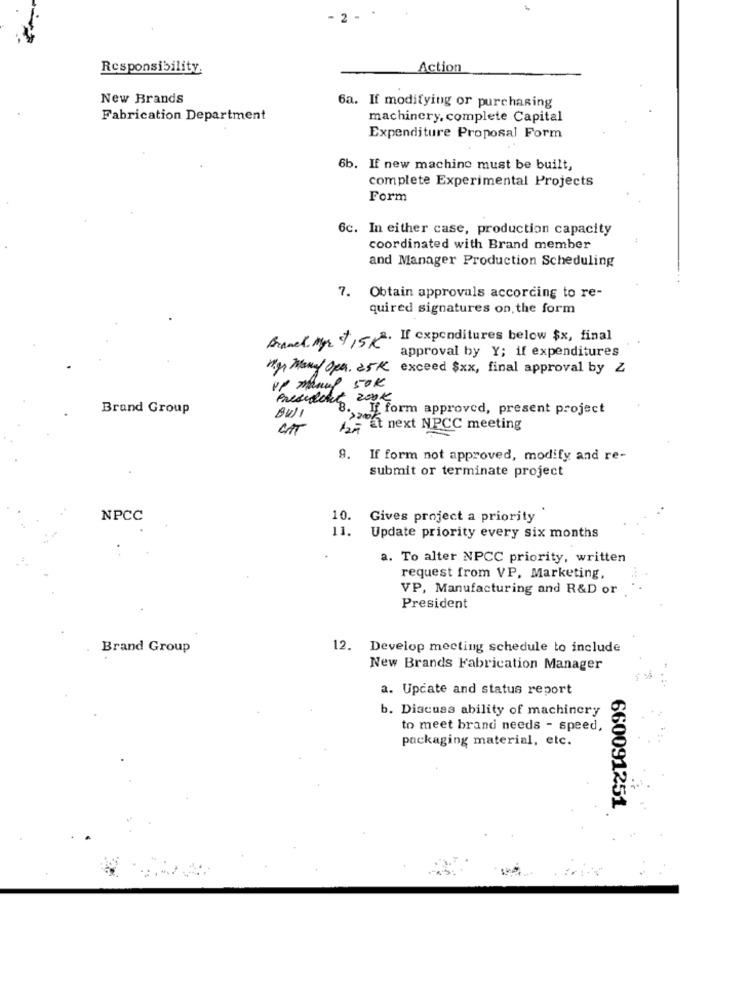
2 -
Responsibility.
Action
New Brands
6a. If modifying or purchasing
Fabrication Department
machinery, complete Capital
Expenditure Proposal Form
6b. If new machine must be built,
complete Experimental Projects
Form
6c. In either case, production capacity
coordinated with Brand member
and Manager Production Scheduling
7. Obtain approvals according to re-
quired signatures on the form
Branch. Myr st15 2. Il expenditures below $x, final
approval by Y; if expenditures
Mgr Manof Opa. 25K exceed $xx, final approval by Z
VP manuel 50K
President
det zonk
Brand Group
.If form approved, present project
Bu) 1
CAT
eat next NPCC meeting
9. If form not approved, modify and re-
submit or terminate project
NPCC
10.
Gives project a priority
11.
Update priority every six months
a. To alter NPCC priority, written
request from VP, Marketing,
VP, Manufacturing and R&D or
President
Brand Group
12. Develop meeting schedule to include
New Brands Fabrication Manager
a. Update and status report
b. Discuss ability of machinery
to meet brand needs - speed,
packaging material, etc.
660091251